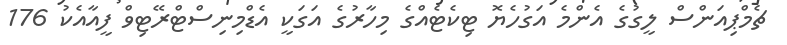
ޗެމްޕިއަންސް ލީގުގެ އެންމެ އަގުހެޔޮ ޓިކެޓެއްގެ މިހާރުގެ އަގަކީ އެޑްމިނިސްޓްރޭޓިވް ފީއާއެކު 176